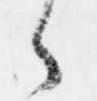
々